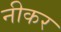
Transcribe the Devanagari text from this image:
नीकर